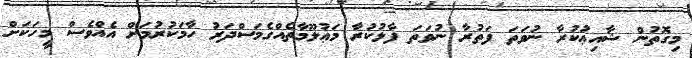
މިގޮތުން ޝާއިޢުކުރާ ނުވަތަ ފަތުރާ ނުވަތަ ފާޅުކުރާ މަޢުލޫމާތެއްގެމަސްދަރު ހާމަކުރުމަށް އެއްވެސް މީހަކަށް